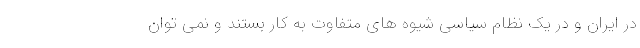
در ایران و در یک نظام سیاسی شیوه های متفاوت به کار بستند و نمی توان